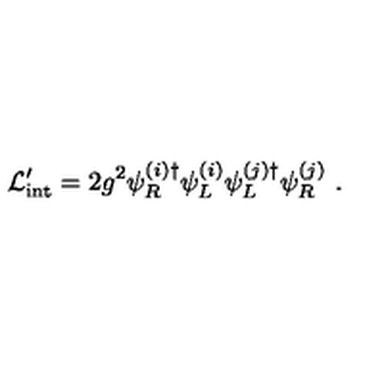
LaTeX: { \cal L } _ { \mathrm { i n t } } ^ { \prime } = 2 g ^ { 2 } \psi _ { R } ^ { ( i ) \dagger } \psi _ { L } ^ { ( i ) } \psi _ { L } ^ { ( j ) \dagger } \psi _ { R } ^ { ( j ) } \ .